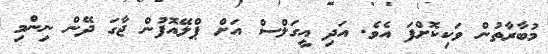
މުބާރާތުން ވަކިކޮށްފަ އެވެ. އަދި އީގަލްސް އަށް ޕްލޭއޮފުން ޖާގަ ދޭން ނިންމި